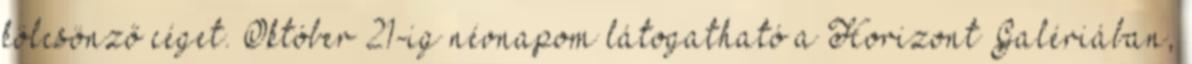
kölcsönző céget. Október 21-ig névnapom látogatható a Horizont Galériában,